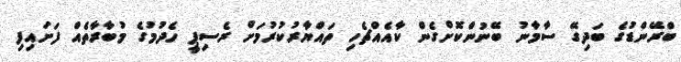
ބްރޭންޑުގެ ބަދިގޭ ސާމާނު ބޭނުންކޮށްގެން ކާއެއްޗެހި ތައްޔާރުކުރުމަށް ރެސިޕީ ހެދުމުގެ މުބާރާތެއް ފަށައިފި